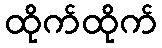
ထိုက်ထိုက်